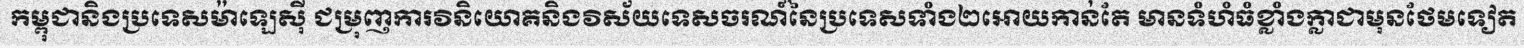
កម្ពុជានិងប្រទេសម៉ាឡេស៊ី ជម្រុញការវិនិយោគនិងវិស័យទេសចរណ៍នៃប្រទេសទាំង២អោយកាន់តែ មានទំហំធំខ្លាំងក្លាជាមុនថែមទៀត